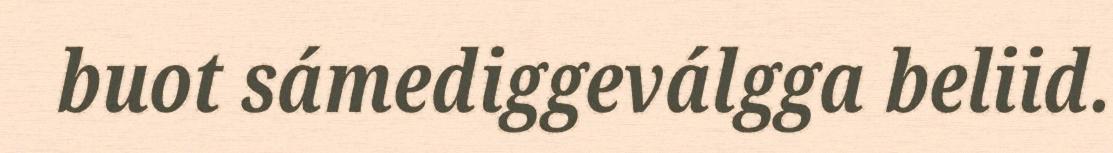
buot sámediggeválgga beliid.